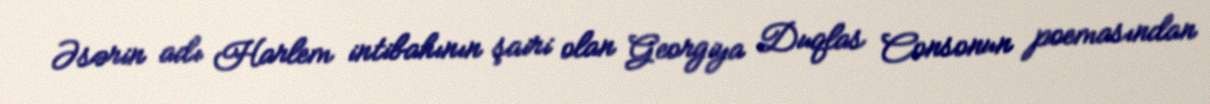
Əsərin adı Harlem intibahının şairi olan Georgiya Duqlas Consonun poemasından